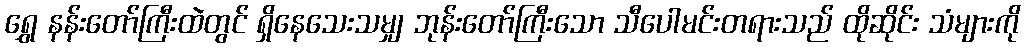
ရွှေ နန်းတော်ကြီးထဲတွင် ရှိနေသေးသမျှ ဘုန်းတော်ကြီးသော သီပေါမင်းတရားသည် ထိုဆိုင်း သံများကို